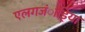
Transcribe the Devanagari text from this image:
एलगजंाड्रिया